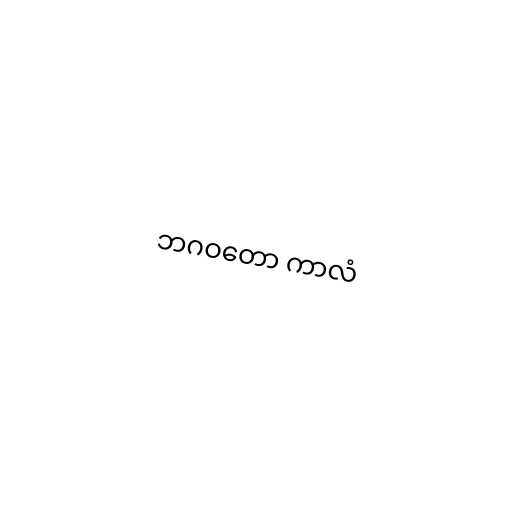
ဘဂဝတော ကာလံ